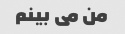
من می بینم